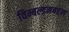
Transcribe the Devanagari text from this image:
विम्बल्डनबद्दल